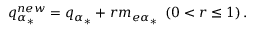
q _ { \alpha _ { * } } ^ { n e w } = q _ { \alpha _ { * } } + r m _ { e \alpha _ { * } } \ \left( 0 < r \le 1 \right) .